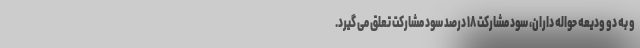
و به دو ودیعه حواله داران، سود مشارکت ۱۸ درصد سود مشارکت تعلق می گیرد.